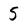
Character: 5